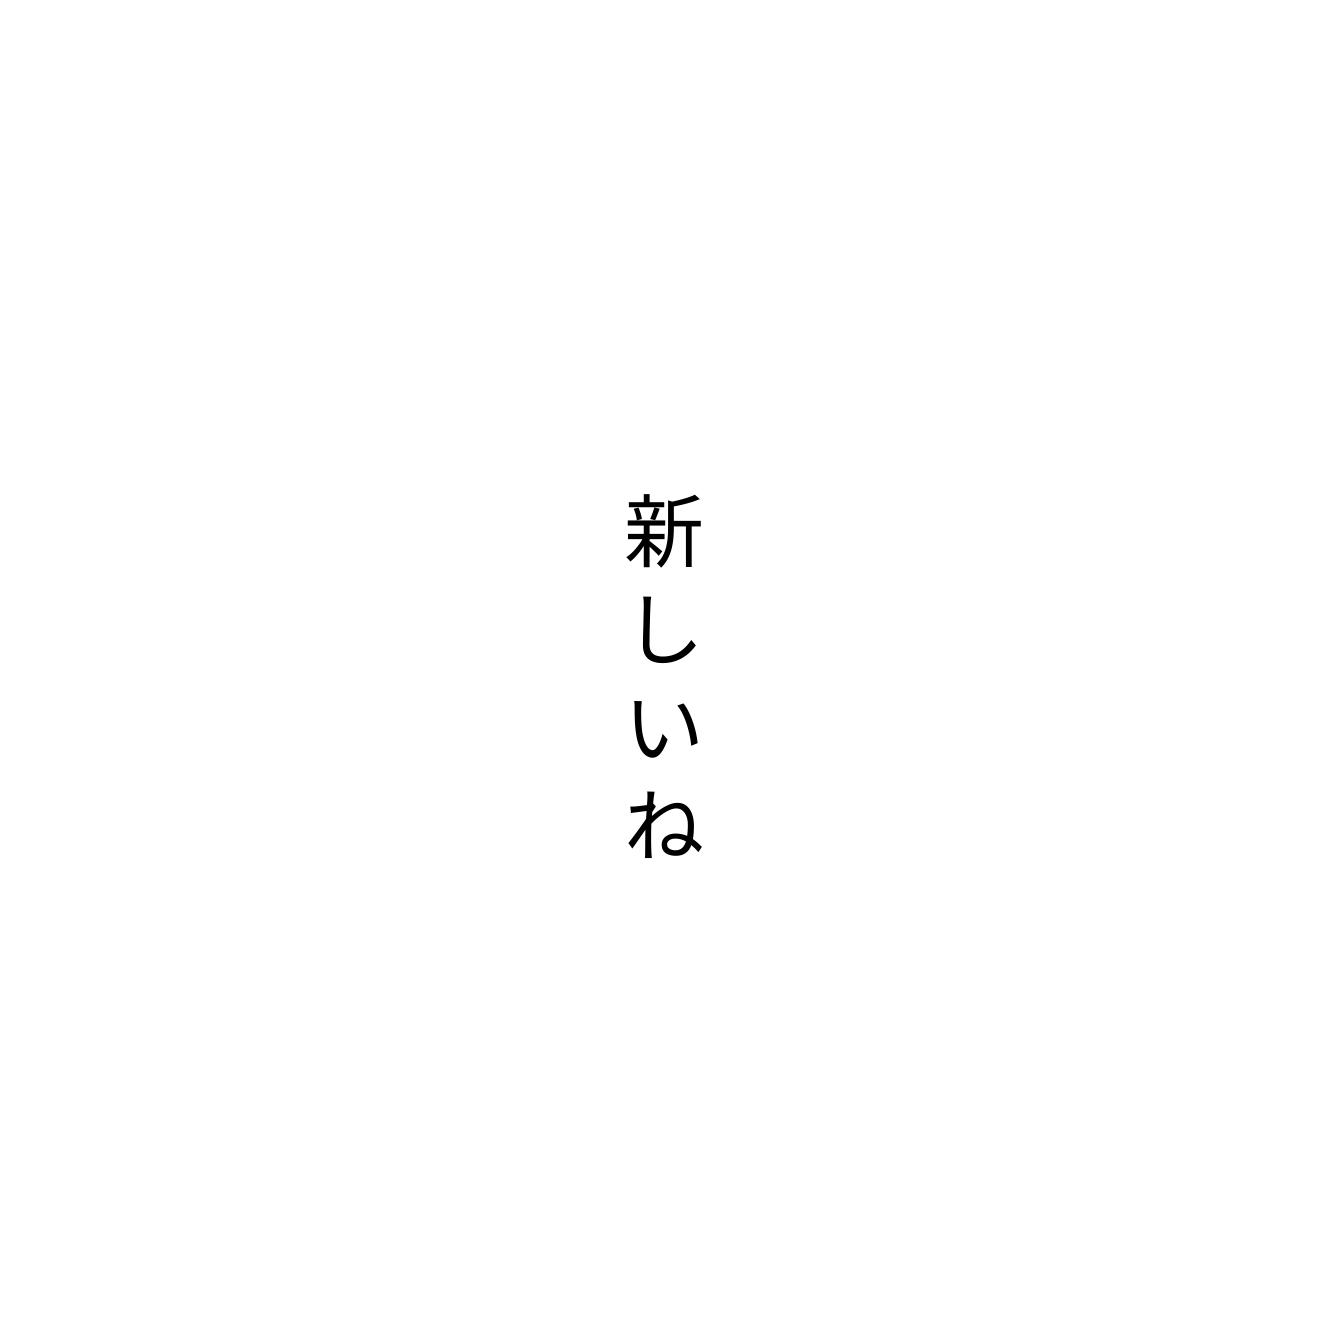
新しいね